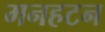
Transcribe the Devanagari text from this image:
मनहटन